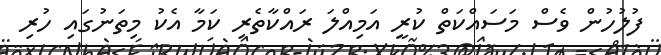
ފުލުހުން ވެސް މަސައްކަތް ކުރީ އަމިއްލަ ރައްކާތެރި ކަމާ އެކު މިތަނުގައި ހުރި